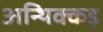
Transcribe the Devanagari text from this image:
अन्थिक्कड़